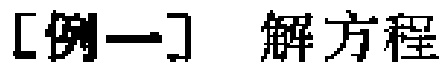
[例一] 解方程